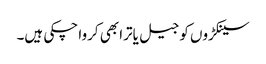
سینکڑوں کو جیل یاترا بھی کروا چکی ہیں۔